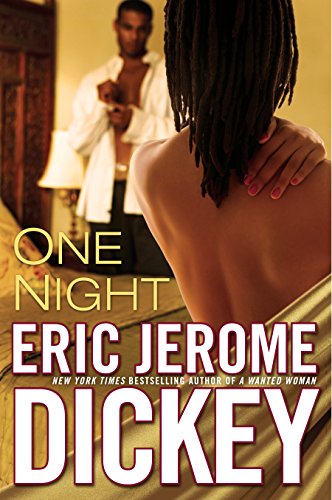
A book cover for One Night; Eric Jerome Dickey; Romance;